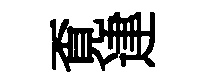
覔䢖